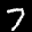
Label: 7